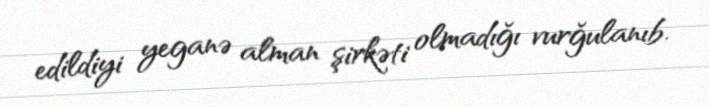
edildiyi yeganə alman şirkəti olmadığı vurğulanıb.